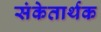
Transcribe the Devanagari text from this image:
संकेतार्थक